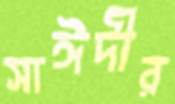
সাঈদীর